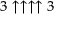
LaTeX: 3 \uparrow \uparrow \uparrow \uparrow 3